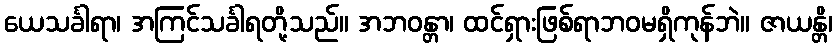
ယေသင်္ခါရာ၊ အကြင်သင်္ခါရတို့သည်။ အဘဝန္တာ၊ ထင်ရှားဖြစ်ရာဘဝမရှိကုန်ဘဲ။ ဇာယန္တိ၊